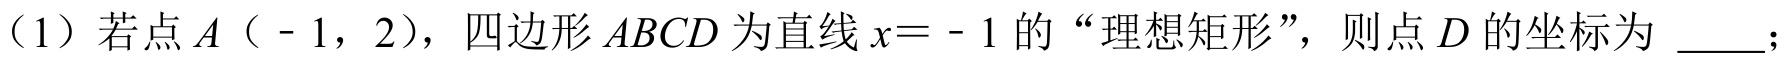
（1）若点\(A\)（ - 1，2），四边形\(ABCD\)为直线\(x = - 1\)的“理想矩形”，则点\(D\)的坐标为 \_\_\_；